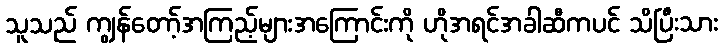
သူသည် ကျွန်တော့်အကြည့်များအကြောင်းကို ဟိုအရင်အခါဆီကပင် သိပြီးသား